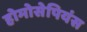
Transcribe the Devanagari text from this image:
होमोसेपियंस